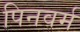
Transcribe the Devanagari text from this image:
पिनवर्म